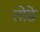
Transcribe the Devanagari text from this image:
तोङे